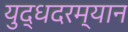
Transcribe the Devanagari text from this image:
युद्धदरम्यान